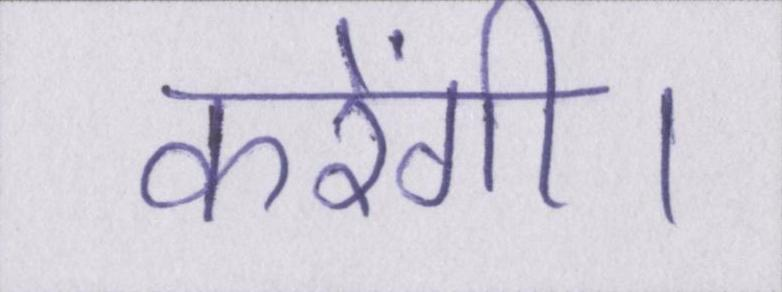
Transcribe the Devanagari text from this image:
करेंगी।